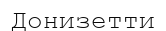
Донизетти